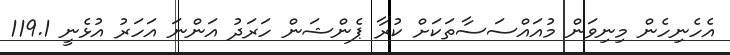
އެހެނިހެން މިނިވަން މުއައްސަސާތަކަށް ކުރާ ޕެންޝަން ހަރަދު އަންނަ އަހަރު އުޅެނީ 119.1